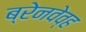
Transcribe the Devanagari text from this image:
ब्रेनवेव्ह